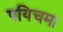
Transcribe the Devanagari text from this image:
पयिचमा